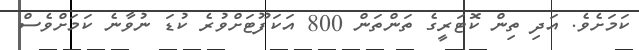
ކަމަށެވެ. އަދި ތިން ކޮޓަރީގެ ތަންތަން 800 އަކަފޫޓަށްވުރެ ކުޑަ ނުވާނެ ކަމަށްވެސް